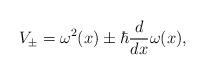
LaTeX: \begin{align*}V_{\pm} = \omega^2 (x) \pm \hbar \frac{d}{dx} \omega (x),\end{align*}